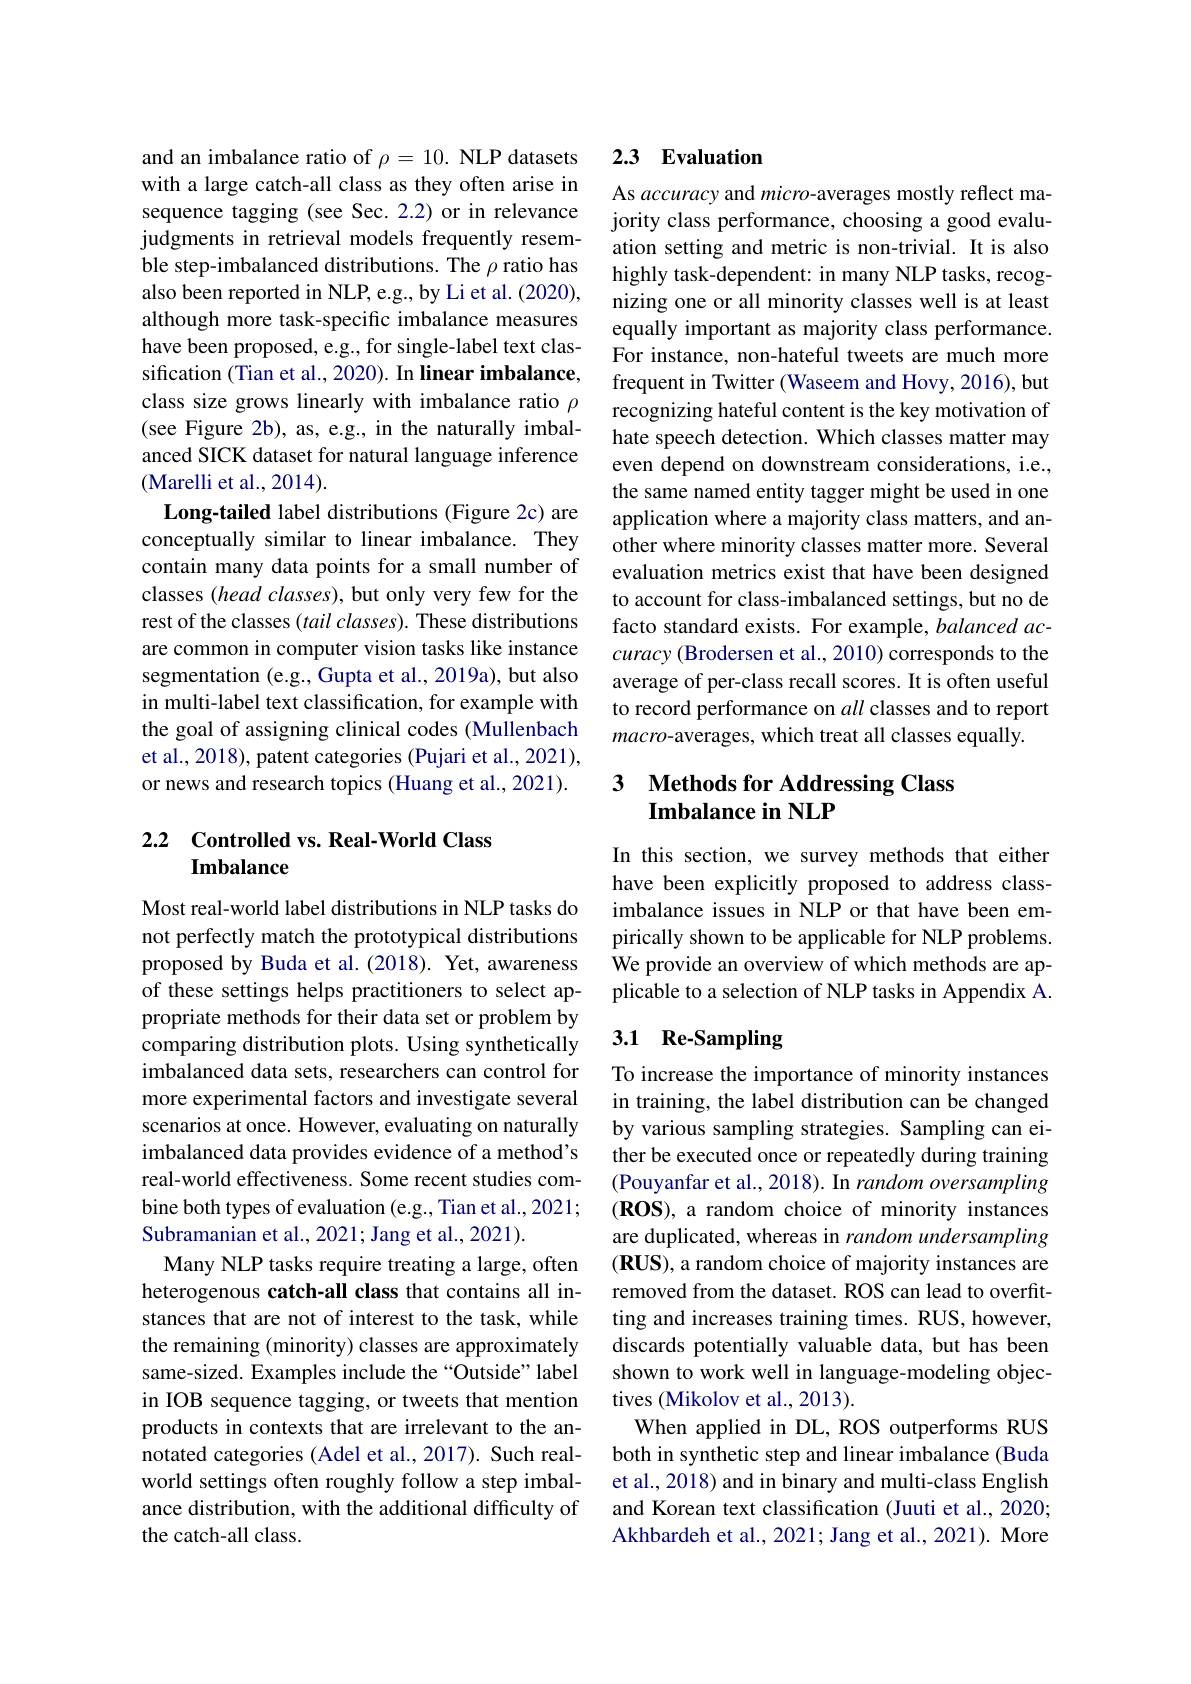
and an imbalance ratio of $\rho=10.$ NLP datasets with a large catch-all class as they often arise in sequence tagging (see Sec.2.2) or in relevance judgments in retrieval models frequently resemble step-imbalanced distributions. The $\rho$ ratio has also been reported in NLP, e.g., by Li et al. (2020), although more task-specific imbalance measures have been proposed, e.g., for single-label text classification (Tian et al., 2020). In linear imbalance, class size grows linearly with imbalance ratio $\rho$ (see Figure 2b), as, e.g., in the naturally imbalanced SICK dataset for natural language inference (Marelli et al., 2014).
Long-tailed label distributions (Figure 2c) are conceptually similar to linear imbalance. They contain many data points for a small number of classes (head classes), but only very few for the rest of the classes (tail classes). These distributions are common in computer vision tasks like instance segmentation (e.g., Gupta et al., 2019a), but also in multi-label text classification, for example with the goal of assigning clinical codes (Mullenbach et al., 2018), patent categories (Pujari et al., 2021), or news and research topics (Huang et al., 2021).

## 2.2 Controlled vs. Real-World Class Imbalance

Most real-world label distributions in NLP tasks do not perfectly match the prototypical distributions proposed by Buda et al.(2018). Yet, awareness of these settings helps practitioners to select appropriate methods for their data set or problem by comparing distribution plots. Using synthetically imbalanced data sets, researchers can control for more experimental factors and investigate several scenarios at once. However, evaluating on naturally imbalanced data provides evidence of a method's real-world effectiveness. Some recent studies combine both types of evaluation (e.g., Tian et al., 2021; Subramanian et al., 2021; Jang et al., 2021).
Many NLP tasks require treating a large, often heterogenous catch-all class that contains all instances that are not of interest to the task, while the remaining (minority) classes are approximately same-sized. Examples include the “Outside” label in IOB sequence tagging, or tweets that mention products in contexts that are irrelevant to the annotated categories (Adel et al.,2017). Such realworld settings often roughly follow a step imbalance distribution, with the additional difficulty of the catch-all class.

## 2.3 Evaluation

As accuracy and micro-averages mostly reflect majority class performance, choosing a good evaluation setting and metric is non-trivial. It is also highly task-dependent: in many NLP tasks, recognizing one or all minority classes well is at least equally important as majority class performance. For instance, non-hateful tweets are much more frequent in Twitter (Waseem and Hovy, 2016), but recognizing hateful content is the key motivation of hate speech detection. Which classes matter may even depend on downstream considerations, i.e., the same named entity tagger might be used in one application where a majority class matters, and another where minority classes matter more. Several evaluation metrics exist that have been designed to account for class-imbalanced settings, but no de facto standard exists. For example, balanced accuracy (Brodersen et al., 2010) corresponds to the average of per-class recall scores. It is often useful to record performance on all classes and to report macro-averages, which treat all classes equally.

## 3 Methods for Addressing Class Imbalance in NLP

In this section, we survey methods that either have been explicitly proposed to address classimbalance issues in NLP or that have been empirically shown to be applicable for NLP problems. We provide an overview of which methods are applicable to a selection of NLP tasks in Appendix A.

## 3.1 Re-Sampling

To increase the importance of minority instances in training, the label distribution can be changed by various sampling strategies. Sampling can either be executed once or repeatedly during training (Pouyanfar et al., 2018). In random oversampling (ROS), a random choice of minority instances are duplicated, whereas in random undersampling (RUS), a random choice of majority instances are removed from the dataset. ROS can lead to overfitting and increases training times. RUS, however, discards potentially valuable data, but has been shown to work well in language-modeling objectives (Mikolov et al., 2013).
When applied in DL, ROS outperforms RUS both in synthetic step and linear imbalance (Buda et al., 2018) and in binary and multi-class English and Korean text classification (Juuti et al., 2020; Akhbardeh et al., 2021; Jang et al., 2021). More